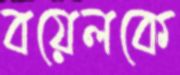
বয়েলকে